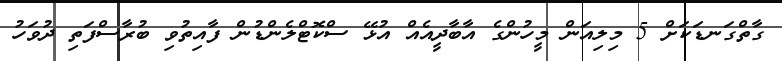
ގާތްގަނޑަކަށް 5 މިލިއަން މީހުންގެ އާބާދީއެއް އުޅޭ ސްކޮޓްލެންޑުން ފާއިތުވި ބުރާސްފަތި ދުވަހު